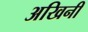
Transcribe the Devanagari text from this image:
अखिनी